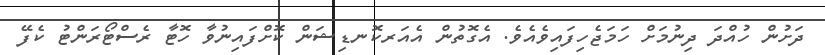
ދަށުން ހުއްދަ ދިނުމަށް ހަމަޖެހިފައިވެއެވެ. އެގޮތުން އެއަރކޮނޑިޝަން ކޮށްފައިނުވާ ހޮޓާ ރެސްޓޯރަންޓު ކެފޭ